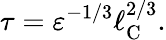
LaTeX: \tau=\varepsilon^{-1/3}\ell_{\mathrm{{C}}}^{2/3}.